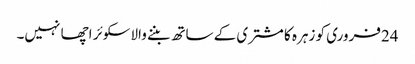
24فروری کو زہرہ کا مشتری کے ساتھ بننے والاسکوئر اچھا نہیں۔